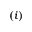
( i )